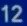
12